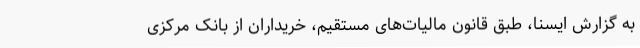
به گزارش ایسنا، طبق قانون مالیات‌های مستقیم، خریداران از بانک مرکزی